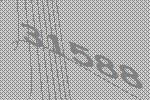
31588